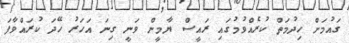
ގައުމަށް ހިދުމަތް ކުރެއްވުމުގައި ރައީސް ޔާމީން ވަނީ ގިނަ އަހަރު ހޭދަ ކުރައްވާފަ